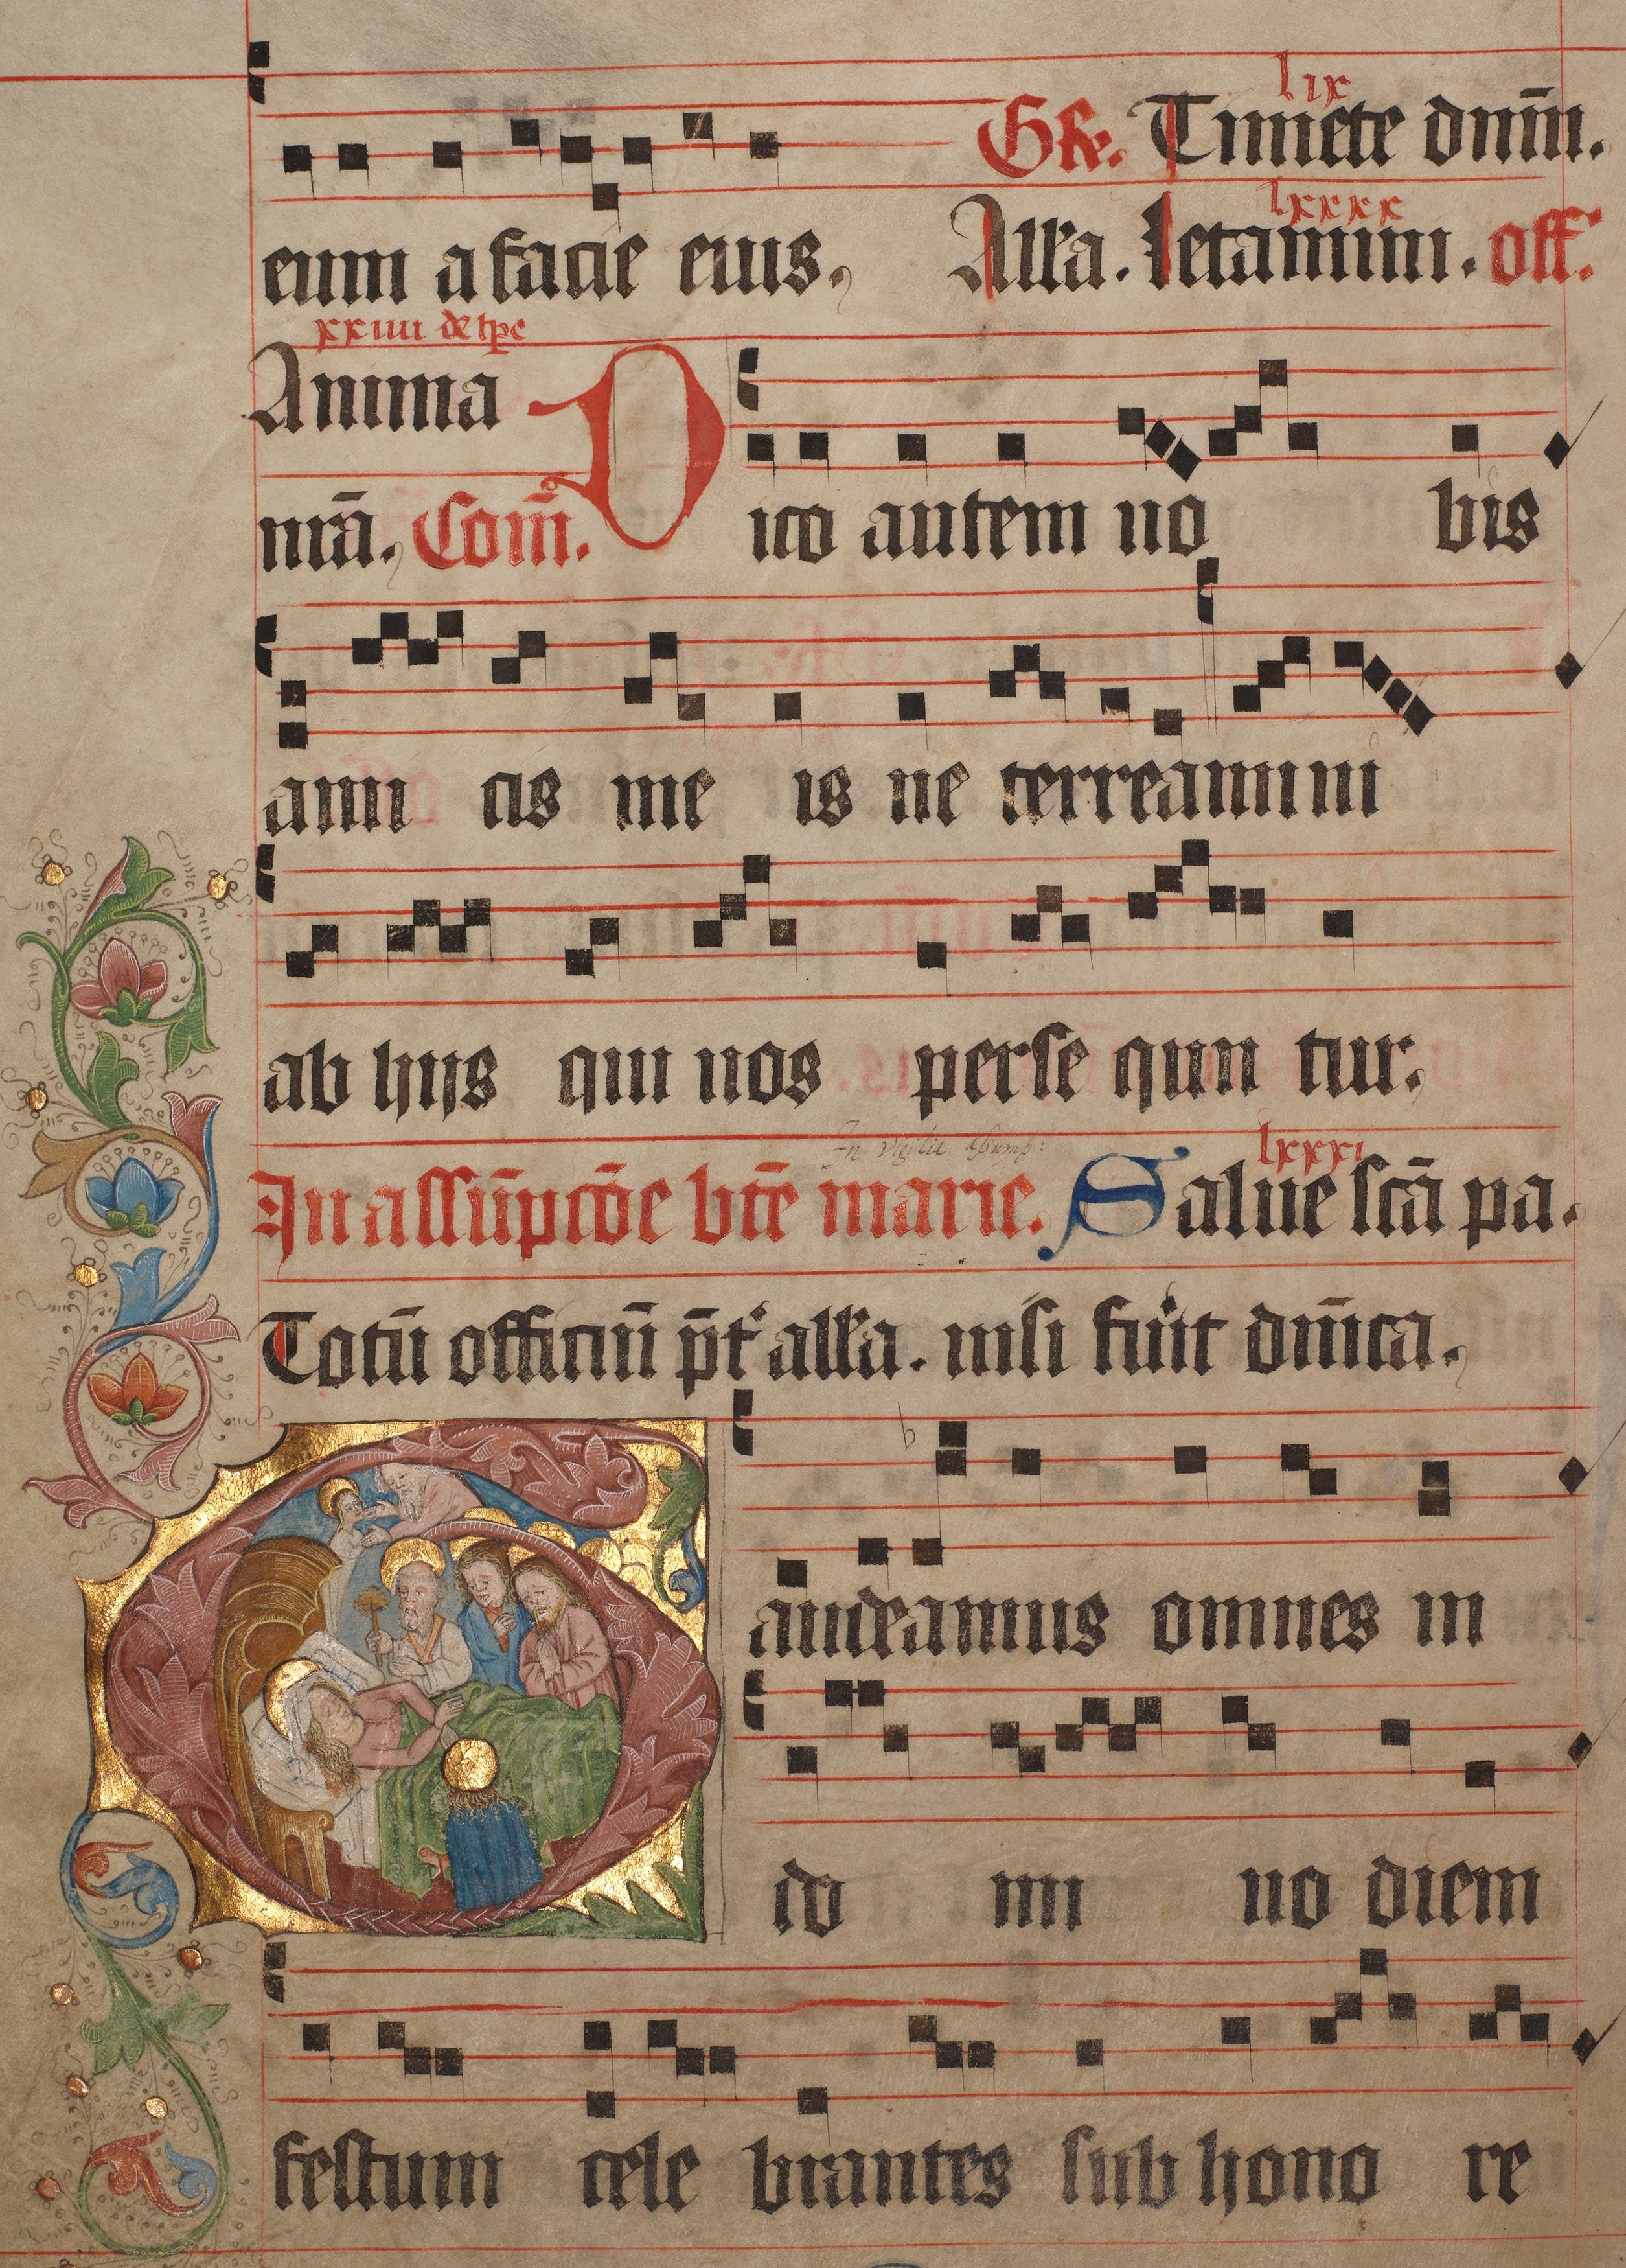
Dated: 1445–1475